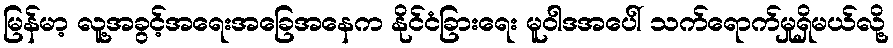
မြန်မာ့ လူ့အခွင့်အရေးအခြေအနေက နိုင်ငံခြားရေး မူဝါဒအပေါ် သက်ရောက်မှုရှိမယ်လို့